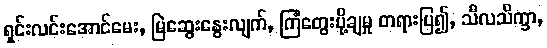
ရှင်းလင်းအောင်မေး, မြဲဆွေးနွေးလျက်, ကြံတွေးပို့ချမှု တရားပြ၍, သီလသိက္ခာ,